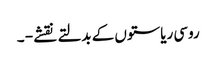
روسی ریاستوں کے بدلتے نقشے - ۔